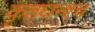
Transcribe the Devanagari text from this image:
कृतघन्श्च